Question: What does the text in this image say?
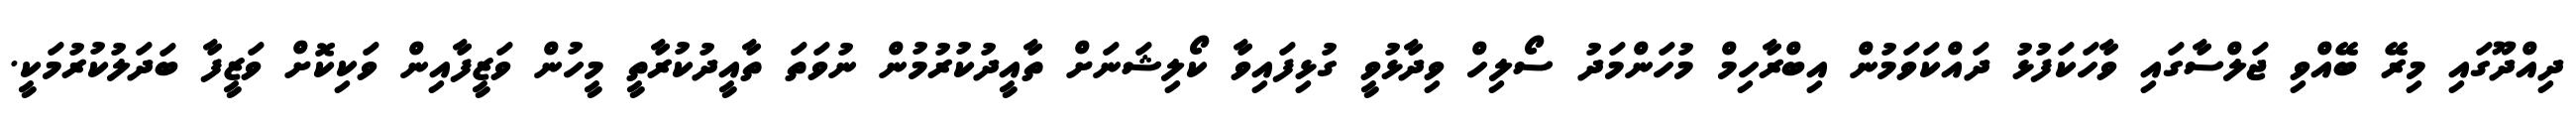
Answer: ދިއްދޫގައި މިރޭ ބޭއްވި ޖަލްސާގައި ވާހަކަފުޅު ދައްކަވަމުން އިބްރާހިމް މުހަންމަދު ސޯލިހް ވިދާޅުވީ ގުޅިފައިވާ ކޯލިޝަނަށް ތާއީދުކުރުމުން ނުވަތަ ތާއީދުކުރާތީ މީހުން ވަޒީފާއިން ވަކިކޮށް ވަޒީފާ ބަދަލުކުރުމަކީ.